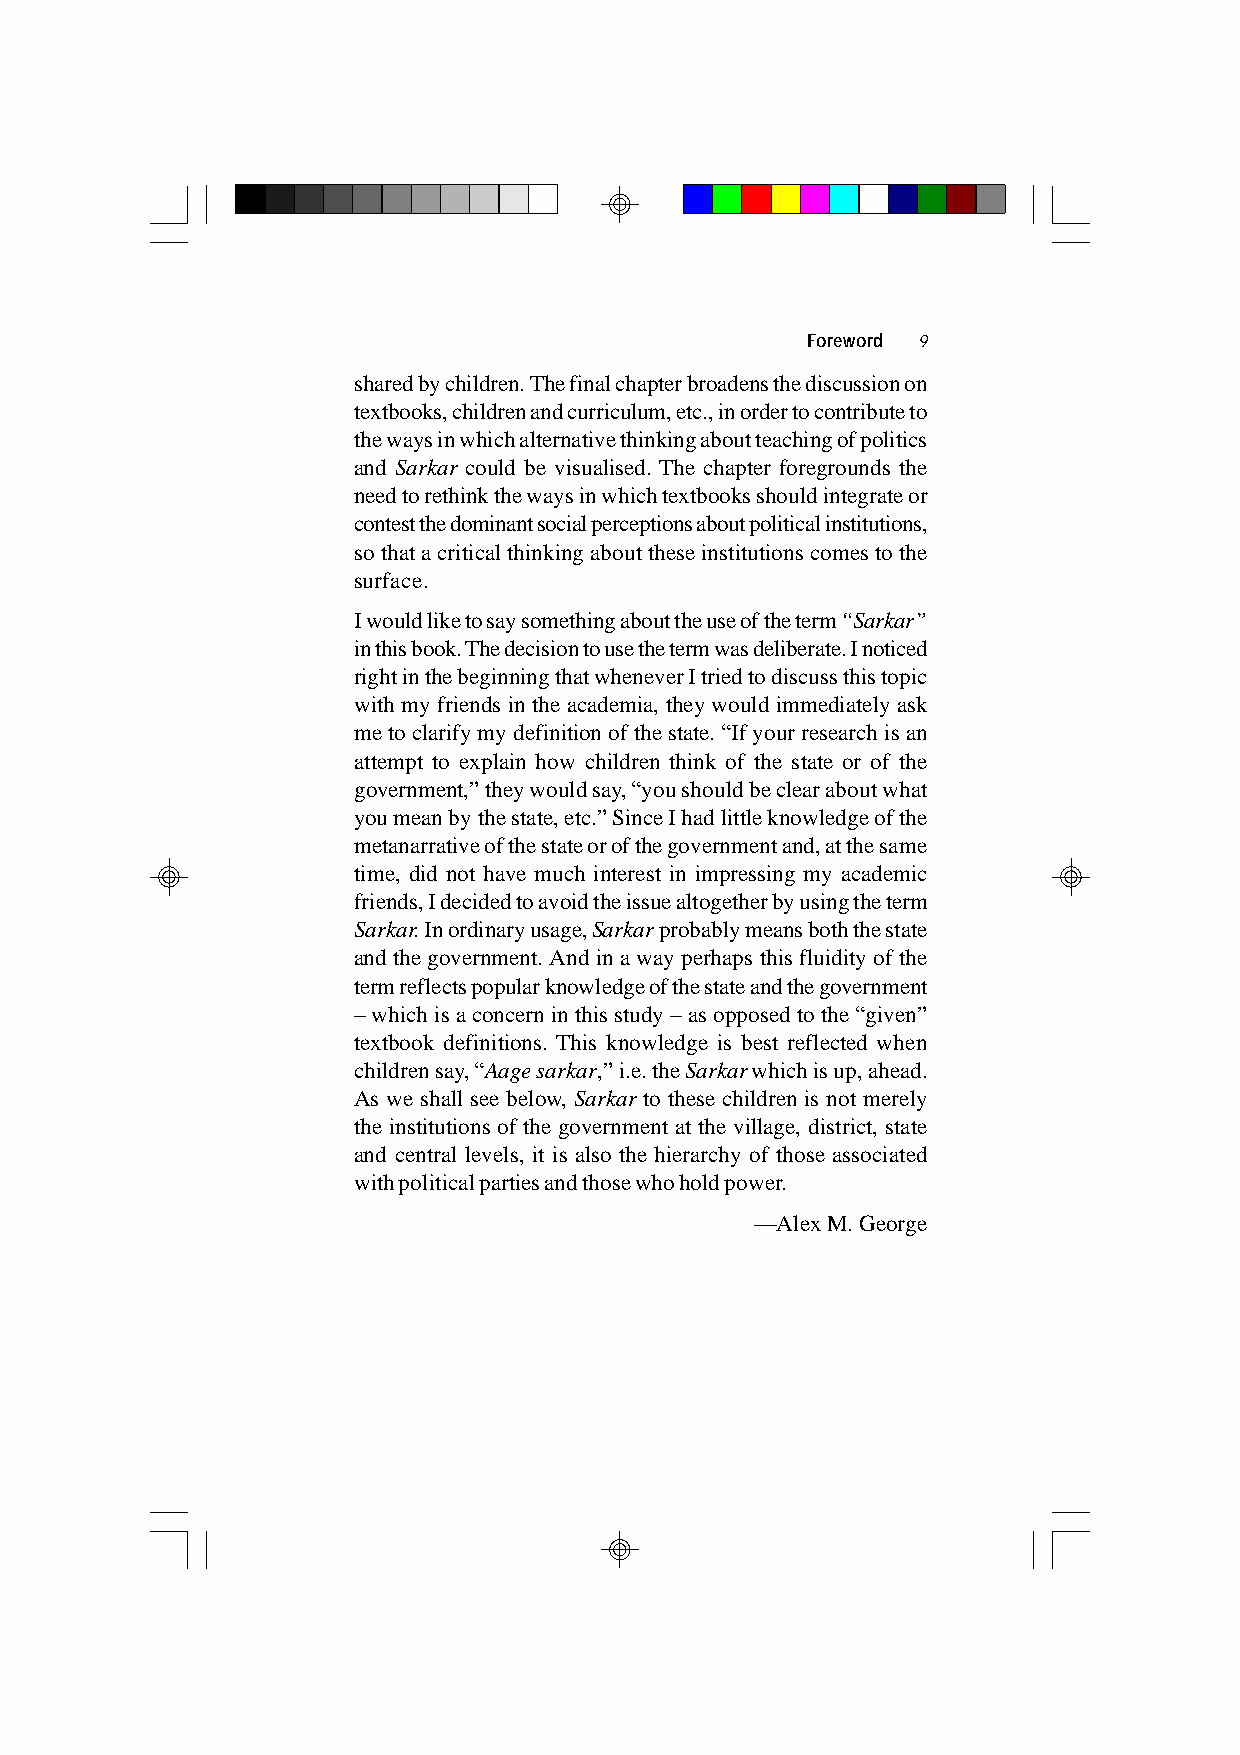
Foreword 9
 shared by children. The final chapter broadens the discussion on
 textbooks, children and curriculum, etc., in order to contribute to
 the ways in which alternative thinking about teaching of politics
 and Sarkar could be visualised. The chapter foregrounds the
 need to rethink the ways in which textbooks should integrate or
 contest the dominant social perceptions about political institutions,
 so that a critical thinking about these institutions comes to the
 surface.
 I would like to say something about the use of the term “Sarkar”
 in this book. The decision to use the term was deliberate. I noticed
 right in the beginning that whenever I tried to discuss this topic
 with my friends in the academia, they would immediately ask
 me to clarify my definition of the state. “If your research is an
 attempt to explain how children think of the state or of the
 government,” they would say, “you should be clear about what
 you mean by the state, etc.” Since I had little knowledge of the
 metanarrative of the state or of the government and, at the same
 time, did not have much interest in impressing my academic
 friends, I decided to avoid the issue altogether by using the term
 Sarkar. In ordinary usage, Sarkar probably means both the state
 and the government. And in a way perhaps this fluidity of the
 term reflects popular knowledge of the state and the government
 – which is a concern in this study – as opposed to the “given”
 textbook definitions. This knowledge is best reflected when
 children say, “Aage sarkar,” i.e. the Sarkar which is up, ahead.
 As we shall see below, Sarkar to these children is not merely
 the institutions of the government at the village, district, state
 and central levels, it is also the hierarchy of those associated
 with political parties and those who hold power.
 —Alex M. George